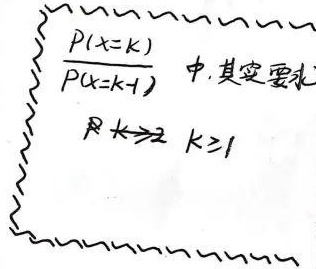
在$\frac{P(X = k)}{P(X=k - 1)}$ 中，其实要求$k\geqslant2$且$k\geqslant1$